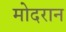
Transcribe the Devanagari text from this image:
मोदरान